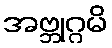
အဗ္ဘုဂ္ဂမိ